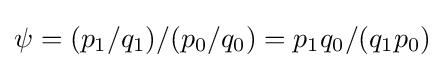
\psi =(p_{1}/q_{1})/(p_{0}/q_{0})=p_{1}q_{0}/(q_{1}p_{0})